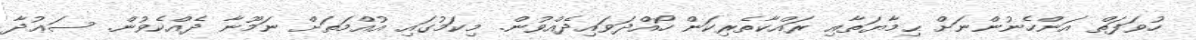
ހުވަފަތް އަންހެނުންނަށް ޙިމާޔަތާއި ރައްކާތެރިކަން ހޯއްދަވައިދެއްވުން. މިކަމުގައި އުއްމަތަށް ނަމޫނާ ދެއްކެވުން. ސަޢުދާ